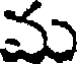
మ